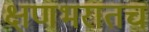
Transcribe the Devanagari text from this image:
क्षणभरातच